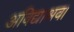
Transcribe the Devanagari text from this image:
अविद्याश्रव।